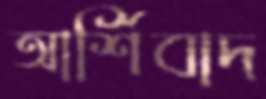
আর্শিবাদ